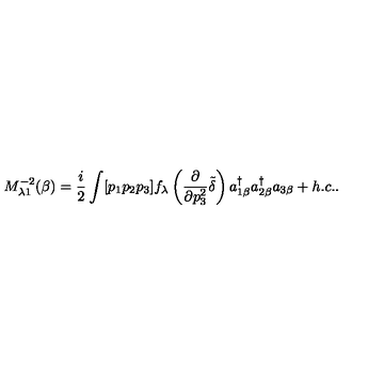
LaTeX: M _ { \lambda 1 } ^ { - 2 } ( \beta ) = \frac { i } { 2 } \int [ p _ { 1 } p _ { 2 } p _ { 3 } ] f _ { \lambda } \left( \frac { \partial } { \partial p _ { 3 } ^ { 2 } } \tilde { \delta } \right) a _ { 1 \beta } ^ { \dagger } a _ { 2 \beta } ^ { \dagger } a _ { 3 \beta } + h . c . .